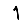
Digit: 1